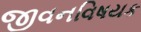
જીવનવિષયક